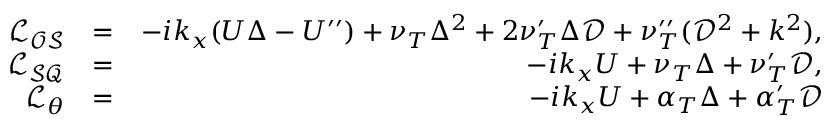
\begin{array} { r l r } { \mathcal { L _ { O S } } } & { = } & { - i k _ { x } ( U \Delta - U ^ { \prime \prime } ) + \nu _ { T } \Delta ^ { 2 } + 2 \nu _ { T } ^ { \prime } \Delta \mathcal { D } + \nu _ { T } ^ { \prime \prime } ( \mathcal { D } ^ { 2 } + k ^ { 2 } ) , } \\ { \mathcal { L _ { S Q } } } & { = } & { - i k _ { x } U + \nu _ { T } \Delta + \nu _ { T } ^ { \prime } \mathcal { D } , } \\ { \mathcal { L _ { \theta } } } & { = } & { - i k _ { x } U + \alpha _ { T } \Delta + \alpha _ { T } ^ { \prime } \mathcal { D } } \end{array}